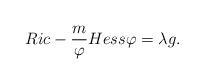
LaTeX: \begin{align*}{Ric}-\frac{m}{\varphi} Hess\varphi=\lambda {g}.\end{align*}